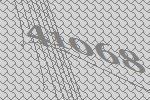
41068